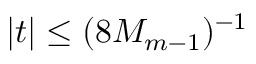
| t | \leq ( 8 M _ { m - 1 } ) ^ { - 1 }